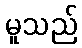
မူသည်